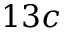
1 3 c